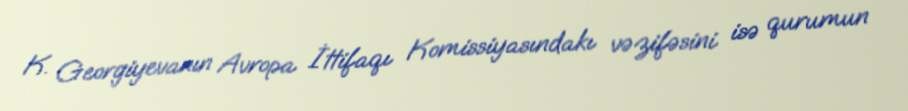
K. Georgiyevanın Avropa İttifaqı Komissiyasındakı vəzifəsini isə qurumun